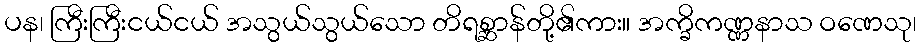
ပန၊ ကြီးကြီးငယ်ငယ် အသွယ်သွယ်သော တိရစ္ဆာန်တို့၏ကား။ အက္ခိကဏ္ဏနာသ ဝဏေသု၊